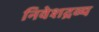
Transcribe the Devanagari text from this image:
निवेशद्रव्य